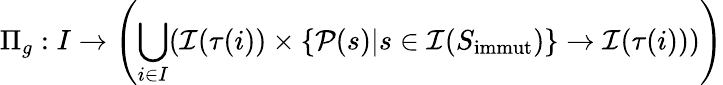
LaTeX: \Pi_{g}:I\rightarrow\left(\bigcup_{i\in I}(\mathcal{I}(\tau(i))\times\{ \mathcal{P}(s)|s\in\mathcal{I}(S_{\textup{immut}})\} \rightarrow\mathcal{I}(\tau(i)))\right)